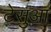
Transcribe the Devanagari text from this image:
टेसुआ